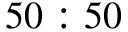
5 0 : 5 0